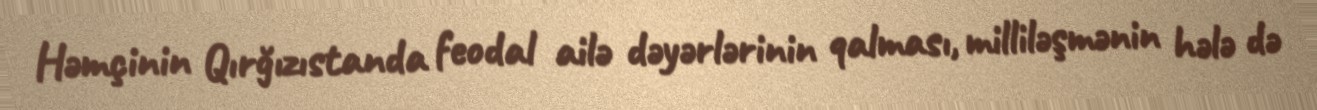
Həmçinin Qırğızıstanda feodal ailə dəyərlərinin qalması, milliləşmənin hələ də